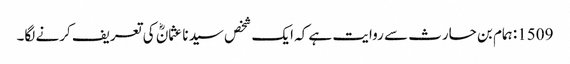
1509: ہمام بن حارث سے روایت ہے کہ ایک شخص سیدنا عثمانؓ کی تعریف کرنے لگا۔